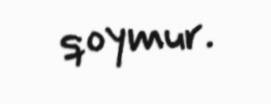
qoymur.